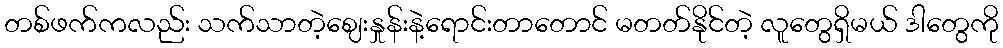
တစ်ဖက်ကလည်း သက်သာတဲ့ဈေးနှုန်းနဲ့ရောင်းတာတောင် မတတ်နိုင်တဲ့ လူတွေရှိမယ် ဒါတွေကို